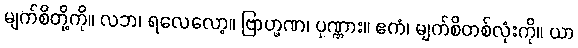
မျက်စိတို့ကို။ လဘ၊ ရလေလော့။ ဗြာဟ္မဏ၊ ပုဏ္ဏား။ ဧကံ၊ မျက်စိတစ်လုံးကို။ ယာ